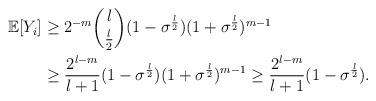
LaTeX: \begin{align*} \mathbb{E}[Y_i] &\ge 2^{-m} \binom{l}{\frac{l}{2}}(1-\sigma^{\frac{l}{2}})(1+\sigma^{\frac{l}{2}})^{m-1} \\ &\ge \frac{2^{l-m} }{l+1} (1-\sigma^{\frac{l}{2}})(1+\sigma^{\frac{l}{2}})^{m-1} \ge \frac{2^{l-m} }{l+1} (1-\sigma^{\frac{l}{2}}). \end{align*}